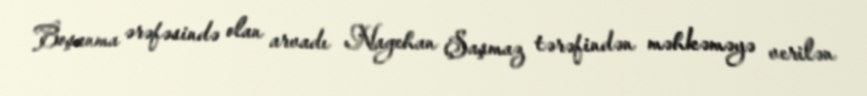
Boşanma ərəfəsində olan arvadı Nagehan Şaşmaz tərəfindən məhkəməyə verilən